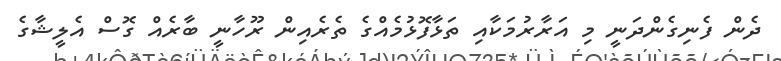
ދެން ފެނިގެންދަނީ މި އަރާރުމަކާއި ތަޅާފޮޅުމެއްގެ ތެރެއިން ރޫހާނީ ބާރެއް ގޮސް އެލީޝާގެ